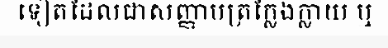
ទៀតដែលជាសញ្ញាបត្រក្លែងក្លាយ ឬ